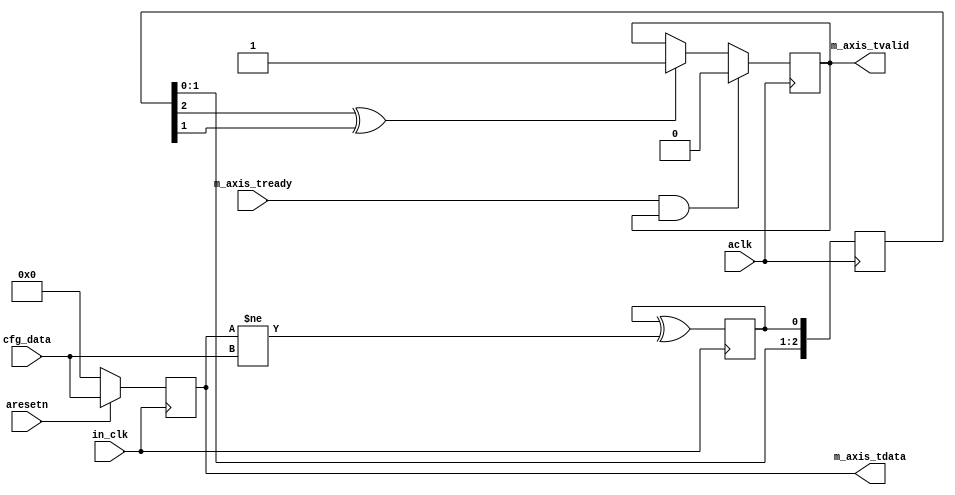
module axis_cdc_variable #
(
  parameter integer AXIS_TDATA_WIDTH = 32
)
(
  // System signals
  input  wire                        in_clk,
  input  wire                        aclk,
  input  wire                        aresetn,

  input  wire [AXIS_TDATA_WIDTH-1:0] cfg_data,

  // Master side
  input  wire                        m_axis_tready,
  output wire [AXIS_TDATA_WIDTH-1:0] m_axis_tdata,
  output wire                        m_axis_tvalid
);

  reg [AXIS_TDATA_WIDTH-1:0] int_tdata_reg;
  reg int_tvalid_reg, int_tvalid_next;
  reg s_toggle;
  
  reg [2:0] m_sync;
  wire compare;  

  always @(posedge in_clk)
    s_toggle <= s_toggle ^ compare ; // latch an update request on change

  always @(posedge aclk)
    m_sync <= {m_sync[1:0],s_toggle};  // cross update pulse to new clock

  always @(posedge in_clk)
  begin
    if(~aresetn)
       int_tdata_reg <= {(AXIS_TDATA_WIDTH){1'b0}};
    else
       int_tdata_reg <= cfg_data;
  end

  always @(posedge aclk)
      int_tvalid_reg <= int_tvalid_next;


  always @*
  begin
    int_tvalid_next = int_tvalid_reg;

    if(m_sync[2] ^ m_sync[1] )
    begin
      int_tvalid_next = 1'b1;
    end

    if(m_axis_tready & int_tvalid_reg)
    begin
      int_tvalid_next = 1'b0;
    end
  end

  assign compare = int_tdata_reg != cfg_data;

  assign m_axis_tdata = int_tdata_reg;
  assign m_axis_tvalid = int_tvalid_reg;

endmodule